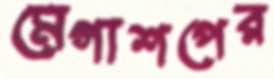
মেগাশপের